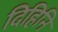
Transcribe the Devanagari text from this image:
दिहिनि